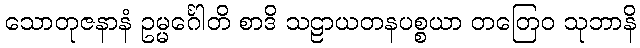
သောတုဇနာနံ ဥမ္မင်္ဂေါတိ စာဒိ သဠာယတနပစ္စယာ တတြေဝ သုဘာနိ